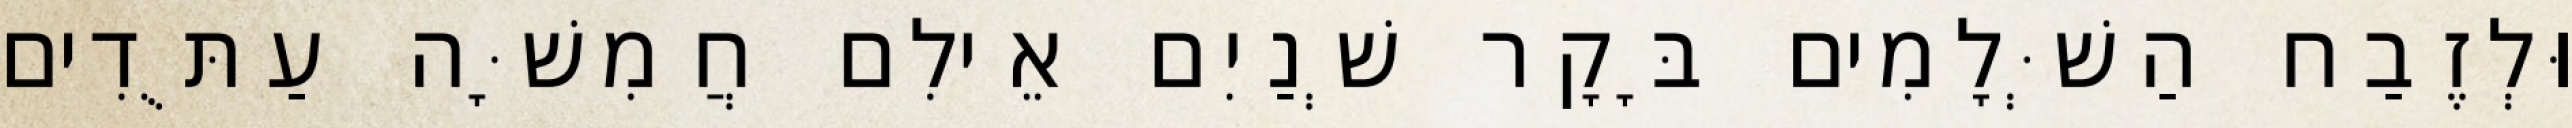
וּלְזֶבַח הַשְּׁלָמִים בָּקָר שְׁנַיִם אֵילִם חֲמִשָּׁה עַתֻּדִים